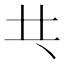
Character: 𠀖